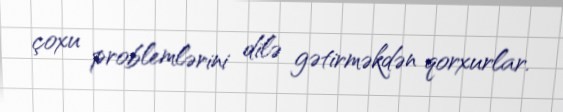
çoxu problemlərini dilə gətirməkdən qorxurlar.